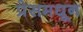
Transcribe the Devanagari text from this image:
प्रेसमधून